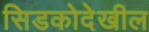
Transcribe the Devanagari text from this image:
सिडकोदेखील